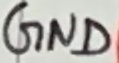
Text: GND